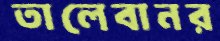
তালেবানর